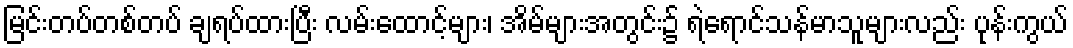
မြင်းတပ်တစ်တပ် ချရပ်ထားပြီး လမ်းထောင့်များ၊ အိမ်များအတွင်း၌ ရဲရောင်သန်မာသူများလည်း ပုန်းကွယ်